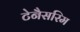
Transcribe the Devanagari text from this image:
टेनैसरिम